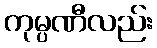
ကုမ္ပဏီလည်း